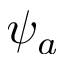
\psi _ { a }